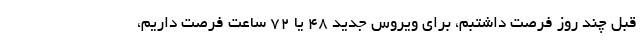
قبل چند روز فرصت داشتبم، برای ویروس جدید ۴۸ یا ۷۲ ساعت فرصت داریم،